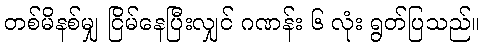
တစ်မိနစ်မျှ ငြိမ်နေပြီးလျှင် ဂဏန်း ၆ လုံး ရွတ်ပြသည်။